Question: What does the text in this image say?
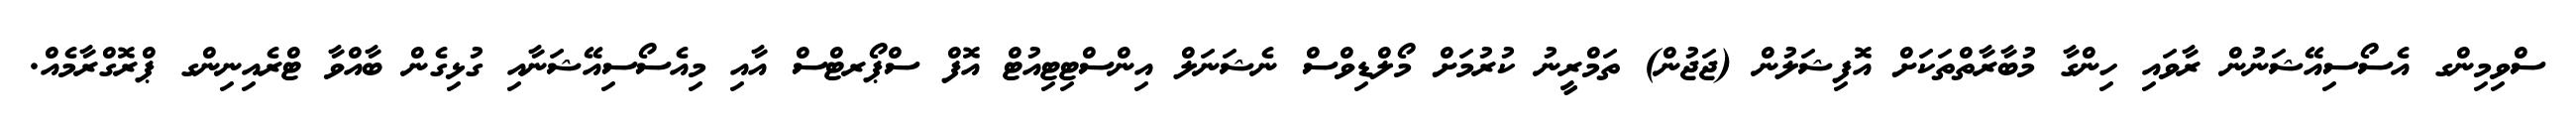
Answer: ސްވިމިންގ އެސޯސިއޭޝަނުން ރާވައި ހިންގާ މުބާރާތްތަކަށް އޮފިޝަލުން (ޖަޖުން) ތަމްރީނު ކުރުމަށް މޯލްޑިވްސް ނެޝަނަލް އިންސްޓިޓިއުޓް އޮފް ސްޕޯރޓްސް އާއި މިއެސޯސިއޭޝަނާއި ގުޅިގެން ބާއްވާ ޓްރެއިނިންގ ޕްރޮގްރާމެއް.